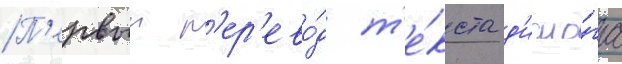
П'ервыи п'ер'ево́д т'е́кста д'иало́га